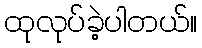
ထုလုပ်ခဲ့ပါတယ်။